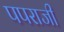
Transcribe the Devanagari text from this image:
पपराजी